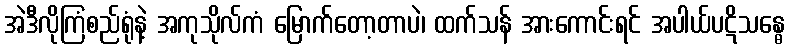
အဲဒီလိုကြံစည်ရုံနဲ့ အကုသိုလ်ကံ မြောက်တော့တာပဲ၊ ထက်သန် အားကောင်းရင် အပါယ်ပဋိသန္ဓေ